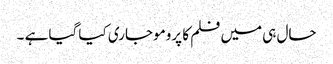
حال ہی میں فلم کا پرومو جاری کیا گیا ہے ۔